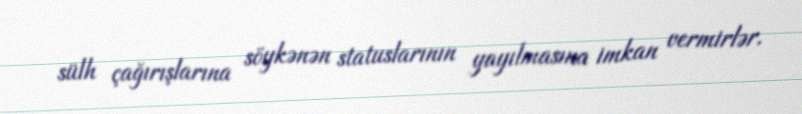
sülh çağırışlarına söykənən statuslarının yayılmasına imkan vermirlər.